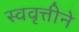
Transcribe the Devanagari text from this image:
स्ववृत्तीने